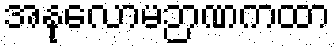
အနုလောမဉာဏကထာ